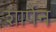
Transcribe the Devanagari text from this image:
शार्पेन